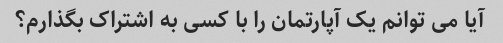
آیا می توانم یک آپارتمان را با کسی به اشتراک بگذارم؟